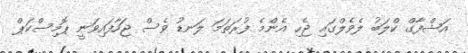
އަޝްފާގް ކްލަބު ލެވެލްގައި ޖެހި އެންމެ ފުރަތަމަ ލަނޑު ވެސް ޖަހާފައިވަނީ ޕޮމިސްކަޕް